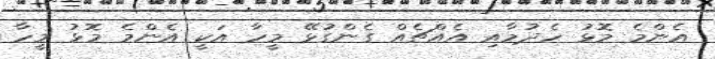
އެންމެ މޮޅު ހެދުމާއި އެއްޗެއް ގެންގުޅޭ މީހާ އަކީ އެންމެ މޮޅު މީހާ